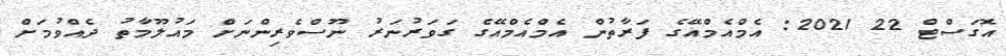
އޮގަސްޓް 22 2021: އެމްއެމްއޭގެ ފަރާތުން އެމްއެމްއޭގެ ގަވަރުނަރު ނޫސްވެރިންނަށް މައުލޫމާތު ދެއްވުމަށް